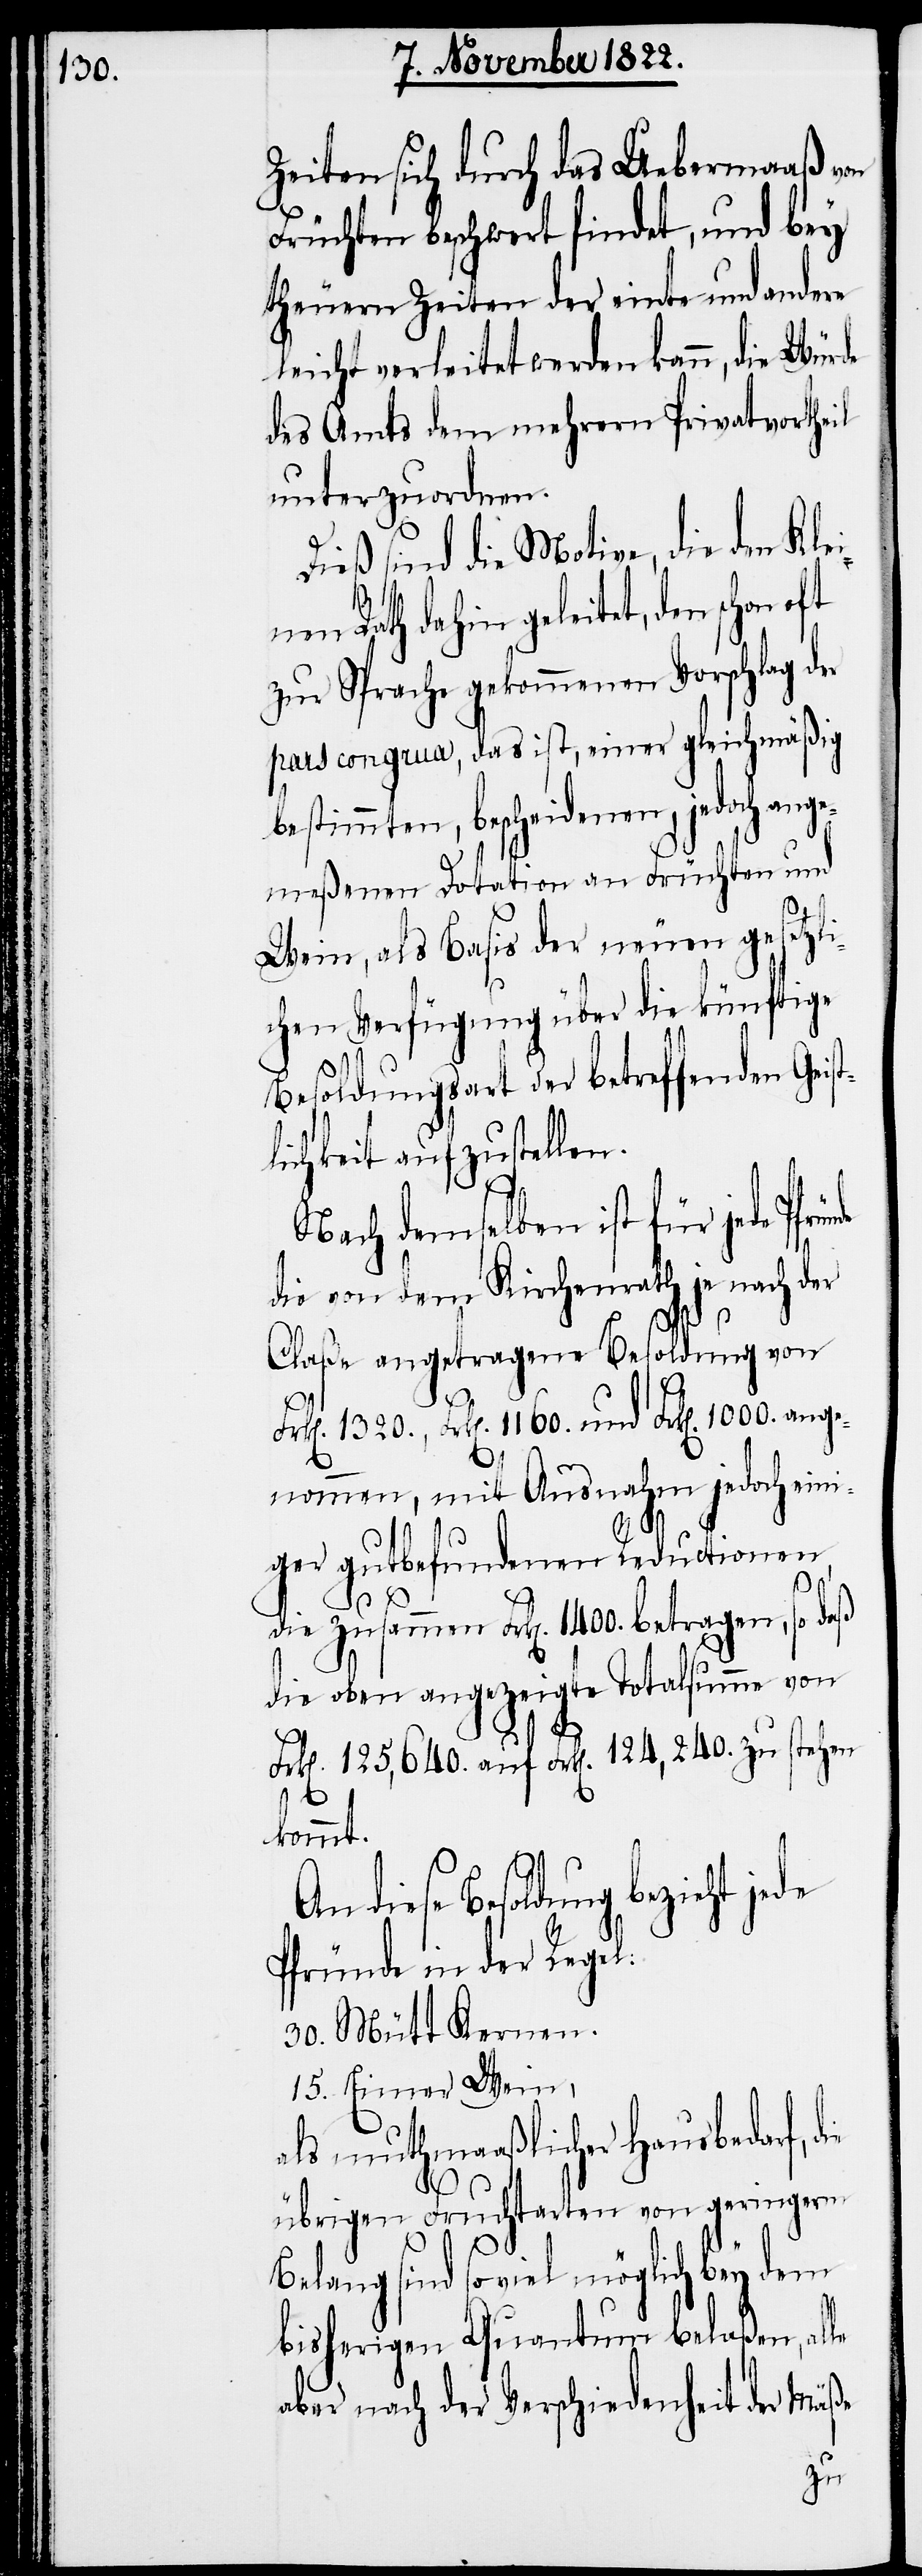
1400.

Zeiten sich durch das Uebermaaß von
Früchten beschwert findet, und bey
theuern Zeiten der einte und andere
leicht verleitet werden kann, die Würde
des Amts dem mehrern Privatvortheil
unterzuordnen.
Dieß sind die Motive, die den Kle¬
le
inen Rath dahin geleitet, den schon oft
zur Sprache gekommenen Vorschlag der
pars congrua, das ist, einer gleichmäßig
bestimmten, bescheidenen, jedoch ange¬
meßenen Dotation an Früchten und
Wein, als Basis der neuen gesetzl¬
ichen Verfügung über die künftige
Besoldungsart der betreffenden Geis¬
lichkeit aufzustellen.
Nach demselben ist für jede Pfr¬
die von dem Kirchenrath je nach der
ünde
Claße angetragene Besoldung von
Frk[en]. 1320., Frk[en]. 1160. und Frk[en]. 1000. ange¬
nommen, mit Ausnahm jedoch eini¬
ger gutbefundenen Reductionen,
die oben angezeigte Totalsumme von
Frk[en]. 125,640. auf Frk[en]. 124,240. zu stehen
kommt.
diese Besoldung bezieht jede
Pfründe in der Regel:
30. Mütt Kernen.
15. Eimer Wein,
als muthmaaßlicher Hausbedarf,
übrigen Fruchtarten von geringerm
Belang sind soviel möglich bey dem
bisherigen Quantum belaßen, al¬
aber nach der Verschiedenheit der Mäße